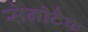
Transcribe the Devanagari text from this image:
सेनोटैफ